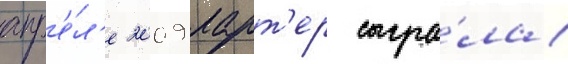
апр'е́л'е 2009 ларт'ер сыгра́ла